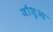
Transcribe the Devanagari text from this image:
जौशुआ